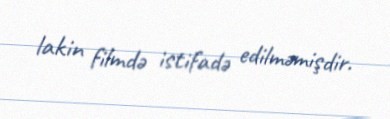
lakin filmdə istifadə edilməmişdir.